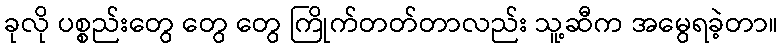
ခုလို ပစ္စည်းတွေ တွေ တွေ ကြိုက်တတ်တာလည်း သူ့ဆီက အမွေရခဲ့တာ။